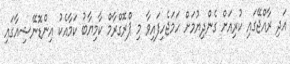
އަދި ރާއްޖޭގައި ކުރިއަށް ގެންދިޔުމަށް ހަމަޖެހިފައިވާ މި ޕްރޮގްރާމް ކާމިޔާބު ކަމާއެކު އިންޑޮނޭޝިއާގައި